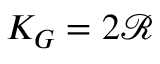
K _ { G } = 2 \mathcal { R }